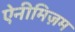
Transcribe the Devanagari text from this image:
ऐनीमिज़म